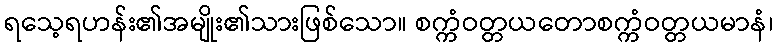
ရသေ့ရဟန်း၏အမျိုး၏သားဖြစ်သော။ စက္ကံဝတ္တယတောစက္ကံဝတ္တယမာနံ၊